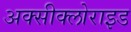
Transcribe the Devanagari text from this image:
अक्‍सीक्‍लोराइड